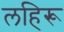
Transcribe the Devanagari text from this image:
लहिरू